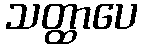
သတ္ထာပေ